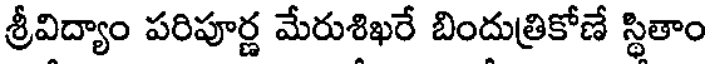
శ్రీవిద్యాం పరిపూర్ణ మేరుశిఖరే బిందుత్రికోణే స్థితాం